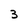
Character: 3